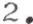
2.